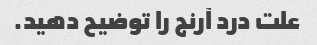
علت درد آرنج را توضیح دهید.